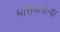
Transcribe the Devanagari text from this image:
भासवलेल्या